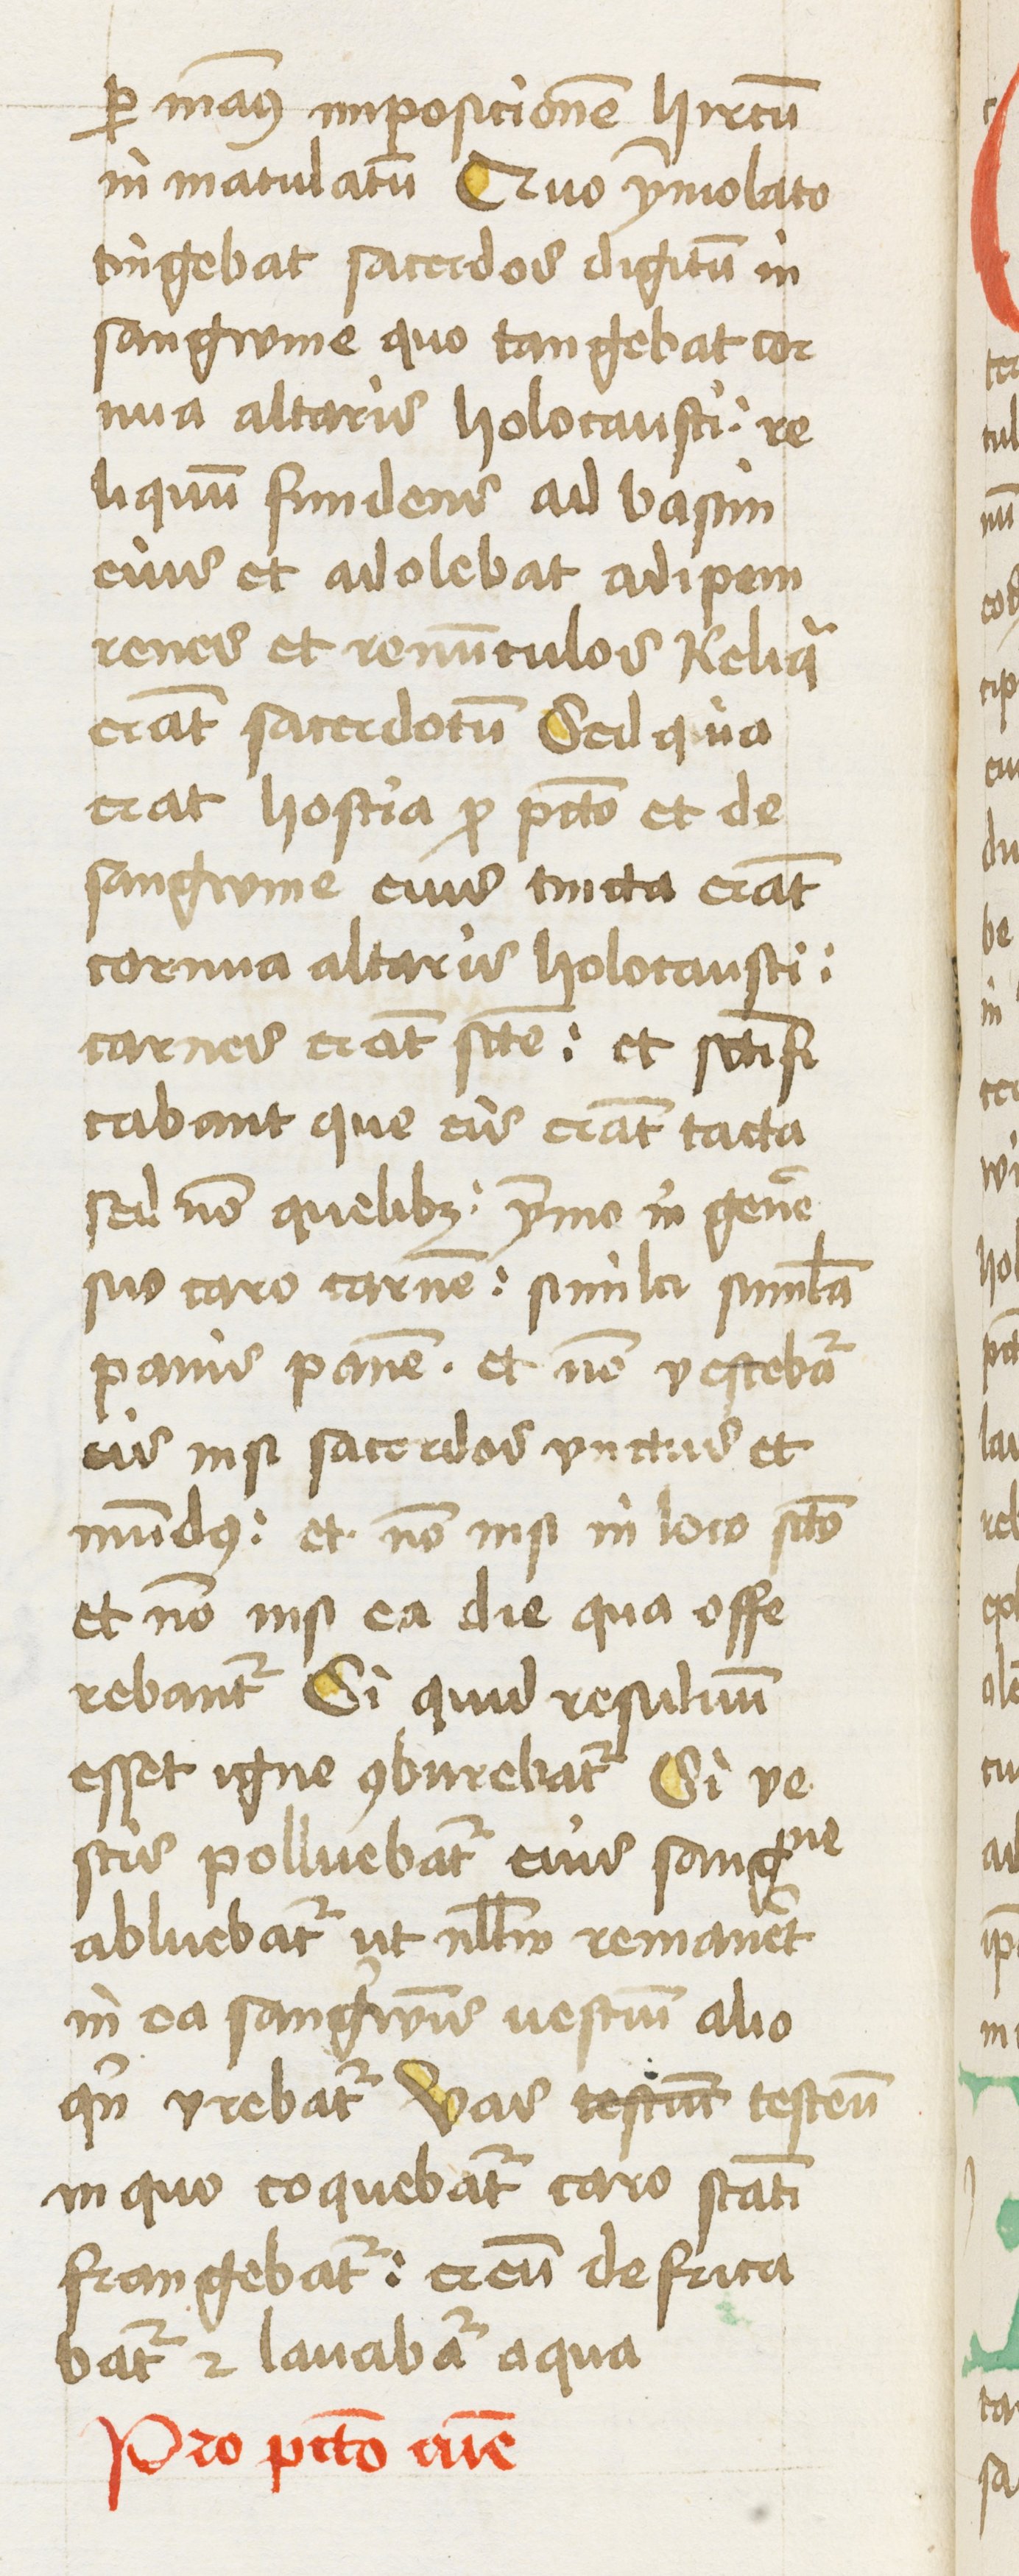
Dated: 1460–1461